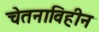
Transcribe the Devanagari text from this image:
चेतनाविहीन